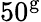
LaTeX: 50^{\mathrm{g}}